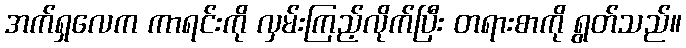
အက်ရှလေက ကာရင်းကို လှမ်းကြည့်လိုက်ပြီး တရားစာကို ရွတ်သည်။